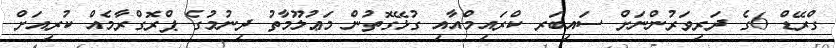
ގްރޭޑް 6ގެ ދަރިވަރުންނަށް ސައިބަރ ކްރައިމްއާއި ގުޅޭގޮތުން މަޢުލޫމާތު ދިނުމުގެ ޕްރޮގްރާމެއް ކުރިއަށް